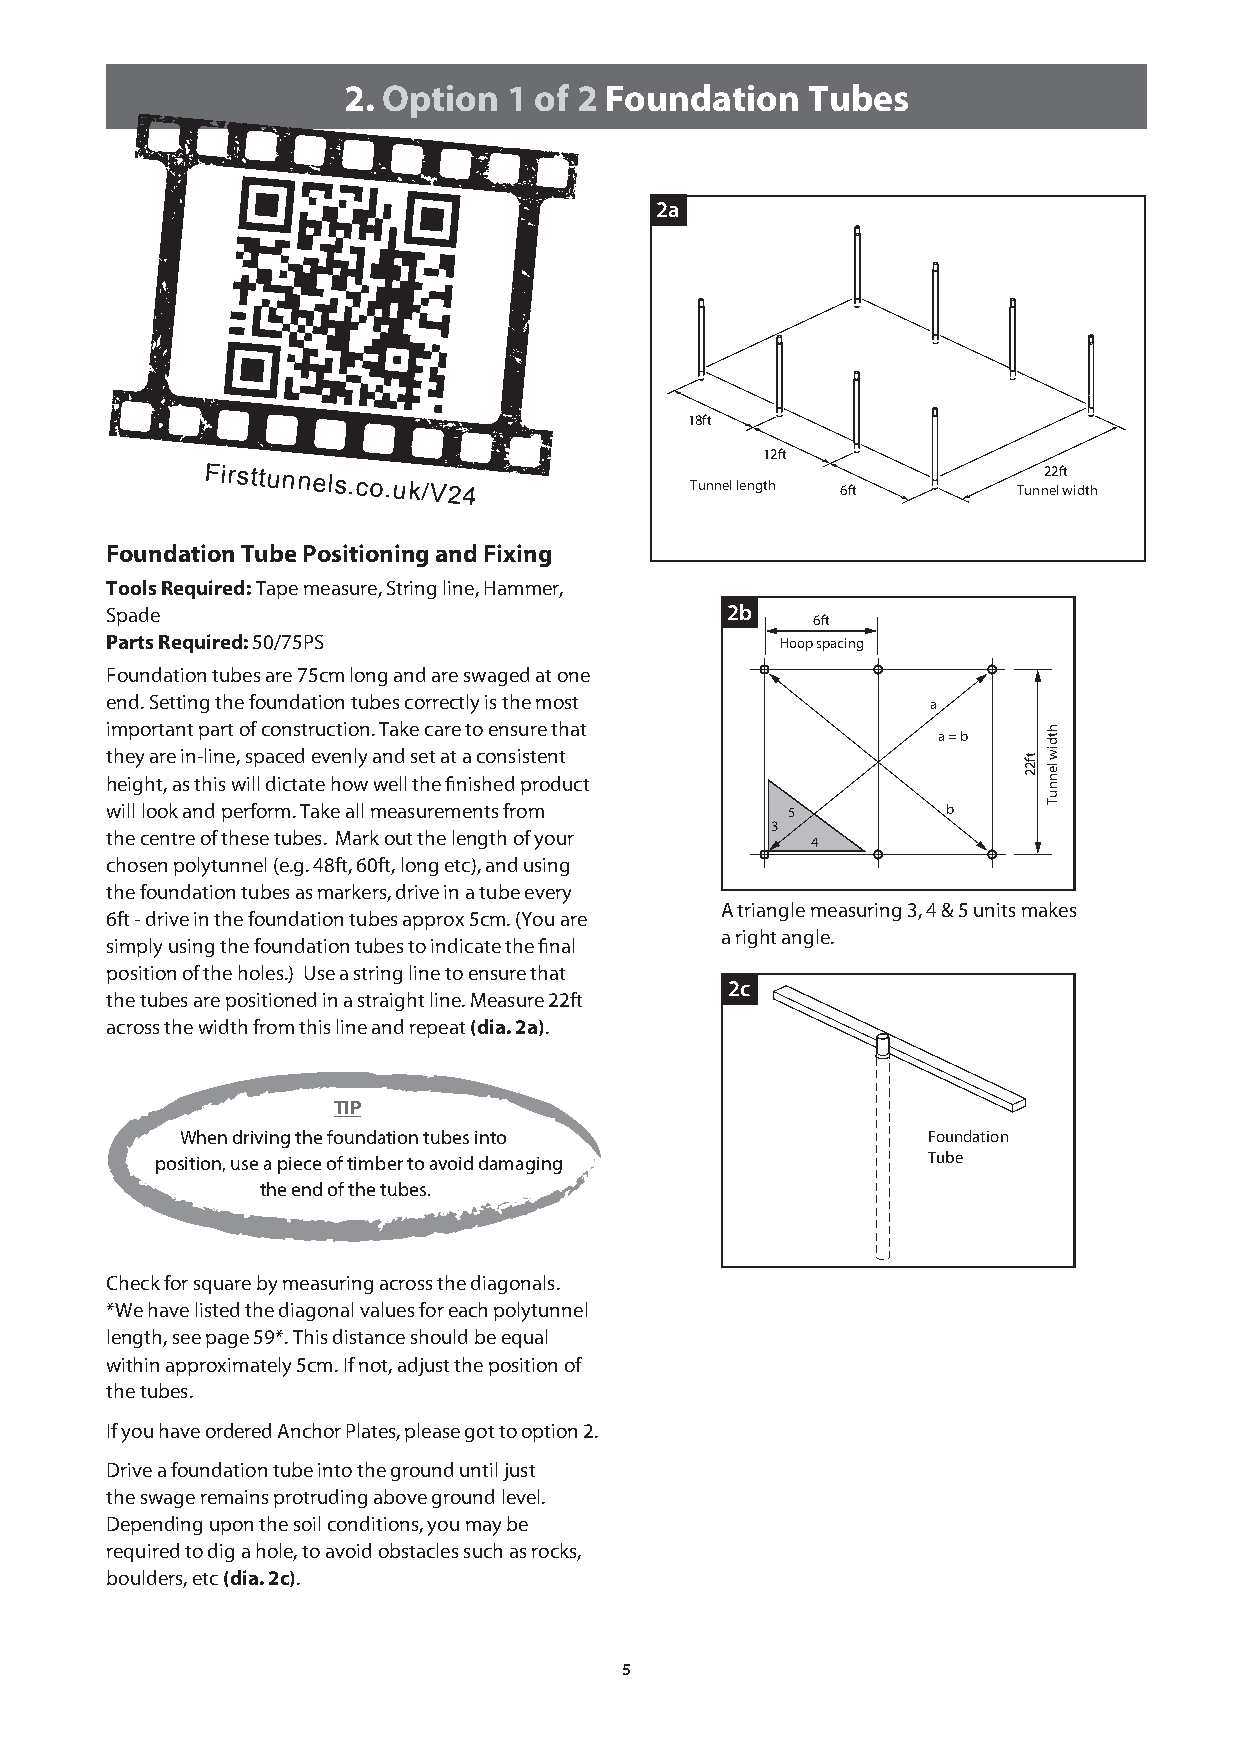
2. Option  1 of 2 Foundation  Tubes
 2a
 18ft
 12ft
 Firsttunnels.co.uk/V24
 Tunnel length 6ft
 Tunn2 e2 lf wt
 idth
 Foundation Tube Positioning and Fixing
 Tools Required: Tape measure, String line, Hammer,
 Spade                                    2b
 6ft
 Parts Required: 50/75PS                      Hoop spacing
 Foundation tubes are 75cm long and are swaged at one
 end. Setting the foundation tubes correctly is the most a
 important part of construction. Take care to ensure that a = b
 they are in-line, spaced evenly and set at a consistent
 height, as this will dictate how well the finished product
 will look and perform. Take all measurements from 5     b
 3
 the centre of these tubes. Mark out the length of your
 4
 chosen polytunnel (e.g. 48ft, 60ft, long etc), and using
 the foundation tubes as markers, drive in a tube every
 A triangle measuring 3, 4 & 5 units makes
 6ft - drive in the foundation tubes approx 5cm. (You are
 a right angle.
 simply using the foundation tubes to indicate the final
 position of the holes.) Use a string line to ensure that
 2c
 the tubes are positioned in a straight line. Measure 22ft
 across the width from this line and repeat (dia. 2a).
 TIP
 When driving the foundation tubes into           Foundation
 position, use a piece of timber to avoid damag ing Tube
 the end of the tubes.
 Check for square by measuring across the diagonals.
 *We have listed the diagonal values for each polytunnel
 length, see page 59*. This distance should be equal
 within approximately 5cm. If not, adjust the position of
 the tubes.
 If you have ordered Anchor Plates, please got to option 2.
 Drive a foundation tube into the ground until just
 the swage remains protruding above ground level.
 Depending upon the soil conditions, you may be
 required to dig a hole, to avoid obstacles such as rocks,
 boulders, etc (dia. 2c).
 5
 tf22
 htdiw
 lennuT